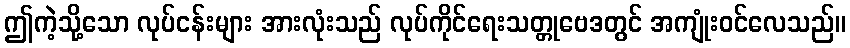
ဤကဲ့သို့သော လုပ်ငန်းများ အားလုံးသည် လုပ်ကိုင်ရေးသတ္တုဗေဒတွင် အကျုံးဝင်လေသည်။